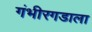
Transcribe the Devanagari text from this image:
गंभीरगडाला